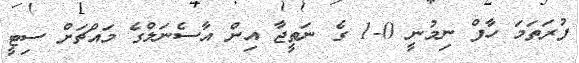
ފުރަތަމަ ހާފް ނިމުނީ 0-1 ގެ ނަތީޖާ އިން އާސެނަލްގެ މައްޗަށް ސިޓީ